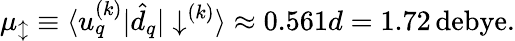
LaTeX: \mu_{\updownarrow}\equiv\langle u_{q}^{(k)}|\hat{d}_{q}|\downarrow^{(k)}\rangle\approx 0.561d=1.72\, \mathrm{debye}.